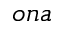
o n a